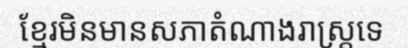
ខ្មែរមិនមានសភាតំណាងរាស្ត្រទេ